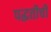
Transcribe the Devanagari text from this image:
पद्घतीची